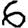
Digit: 6